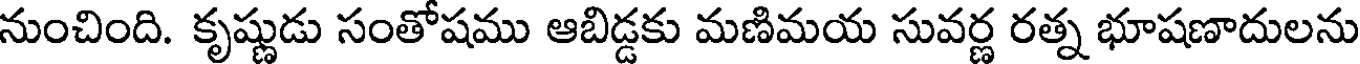
నుంచింది. కృష్ణుడు సంతోషము ఆబిడ్డకు మణిమయ సువర్ణ రత్న భూషణాదులను